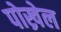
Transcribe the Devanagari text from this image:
पोख्रेल